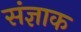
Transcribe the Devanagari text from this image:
संज्ञाक